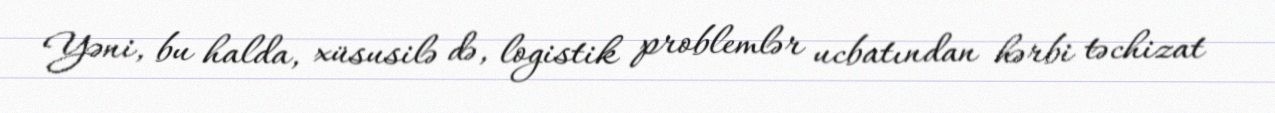
Yəni, bu halda, xüsusilə də, logistik problemlər ucbatından hərbi təchizat